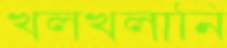
খলখলানি